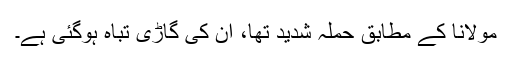
مولانا کے مطابق حملہ شدید تھا، ان کی گاڑی تباہ ہوگئی ہے۔